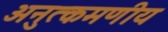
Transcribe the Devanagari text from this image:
अनुत्कमणीय